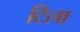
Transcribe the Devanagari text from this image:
टिला